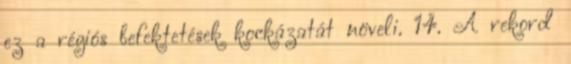
ez a régiós befektetések kockázatát növeli. 14. A rekord